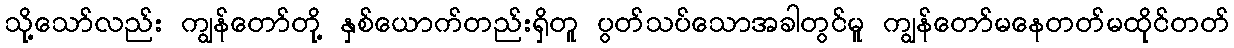
သို့သော်လည်း ကျွန်တော်တို့ နှစ်ယောက်တည်းရှိတူ ပွတ်သပ်သောအခါတွင်မူ ကျွန်တော်မနေတတ်မထိုင်တတ်